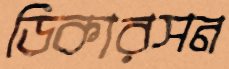
ডিকারসন